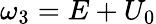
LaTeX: \omega_{3}=E+U_{0}